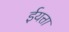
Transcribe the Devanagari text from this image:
ईयत्ता